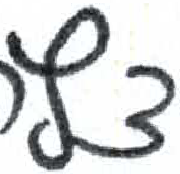
אות: ף